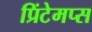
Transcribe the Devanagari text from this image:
प्रिंटेमप्स